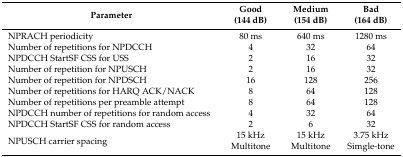
| Parameter | Good (144 dB) | Medium (154 dB) | Bad (164 dB) |
 | --- | --- | --- | --- |
 | NPRACH periodicity | 80 ms | 640 ms | 1280 ms |
 | Number of repetitions for NPDCCH | 4 | 32 | 64 |
 | NPDCCH StartSF CSS for USS | 2 | 16 | 32 |
 | Number of repetition for NPUSCH | 2 | 16 | 32 |
 | Number of repetition for NPDSCH | 16 | 128 | 256 |
 | Number of repetitions for HARQ ACK/NACK | 8 | 64 | 128 |
 | Number of repetitions per preamble attempt | 8 | 64 | 128 |
 | NPDCCH number of repetitions for random access | 4 | 32 | 64 |
 | NPDCCH StartSF CSS for random access | 2 | 6 | 32 |
 | NPUSCH carrier spacing | 15 kHz Multitone | 15 kHz Multitone | 3.75 kHz Simgle-tone |